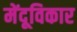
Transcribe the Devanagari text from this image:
मेंदूविकार